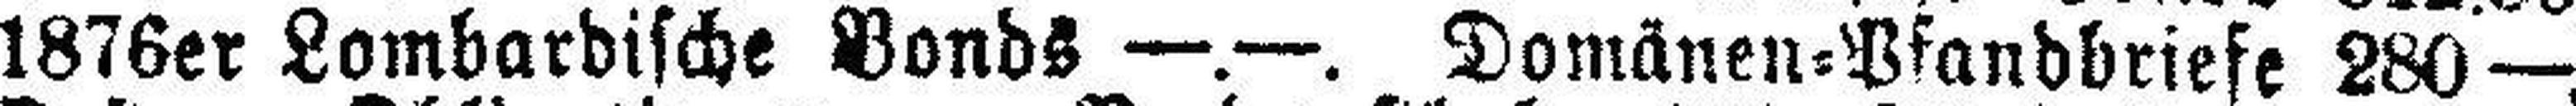
1876er Lombardische Bonds —.—. Domänen=Pfandbriefe 280 —.